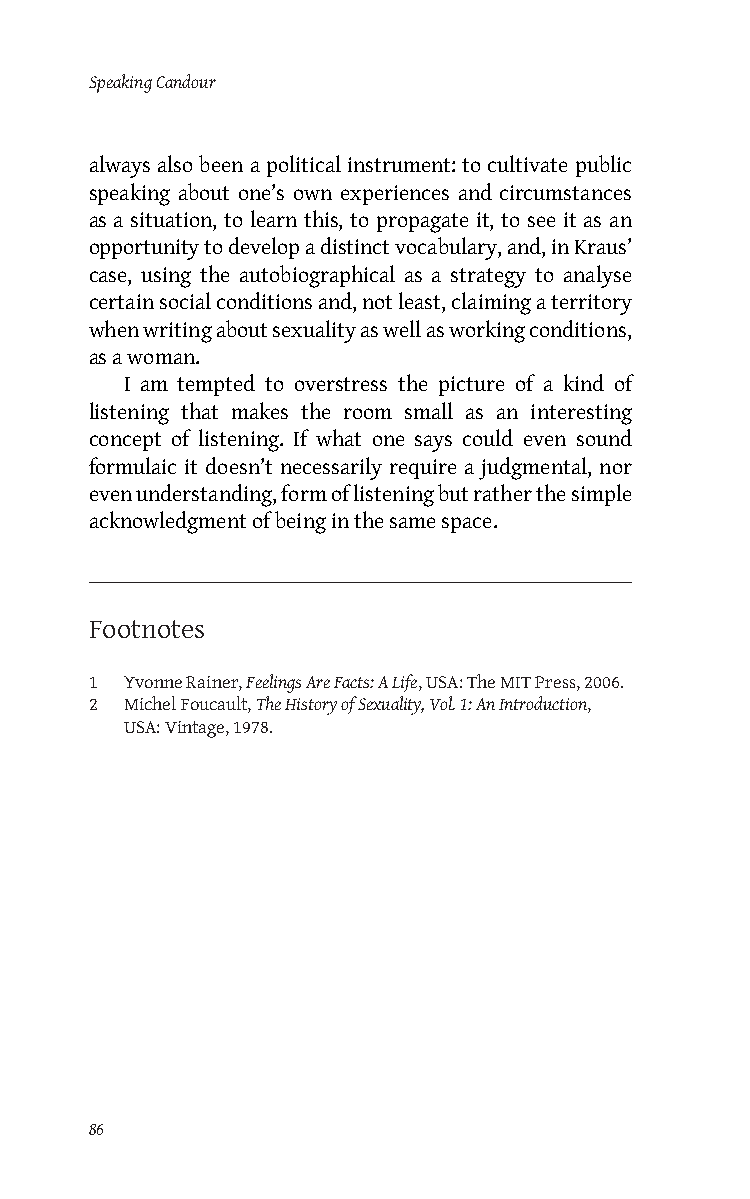
Speaking Candour
 always also been a political instrument: to cultivate public
 speaking about one’s own experiences and circumstances
 as a situation, to learn this, to propagate it, to see it as an
 opportunity to develop a distinct vocabulary, and, in Kraus’
 case, using the autobiographical as a strategy to analyse
 certain social conditions and, not least, claiming a territory
 when writing about sexuality as well as working conditions,
 as a woman.
 I am tempted to overstress the picture of a kind of
 listening that makes the room small as an interesting
 concept of listening. If what one says could even sound
 formulaic it doesn’t necessarily require a judgmental, nor
 even understanding, form of listening but rather the simple
 acknowledgment of being in the same space.
 Footnotes
 1 Yvonne Rainer, Feelings Are Facts: A Life, USA: The MIT Press, 2006.
 2 Michel Foucault, The History of Sexuality, Vol. 1: An Introduction,
 USA: Vintage, 1978.
 86